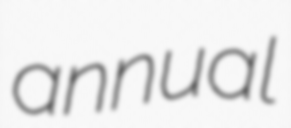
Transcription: annual